Indian journal of veterinary science and animal husbandry - Volumes 15-17, 1948-1951
Year: 1948
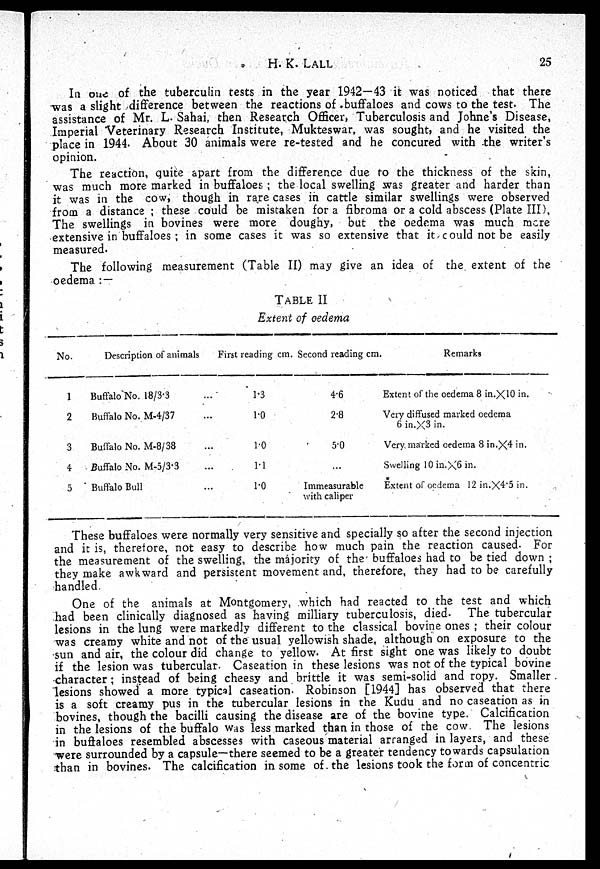
H. K. LALL
25
In one of the tuberculin tests in the year 1942—43 it was noticed that there
was a slight difference between the reactions of buffaloes and cows to the test. The
assistance of Mr. L. Sahai, then Research Officer, Tuberculosis and Johne's Disease,
Imperial Veterinary Research Institute, Mukteswar, was sought, and he visited the
place in 1944. About 30 animals were re-tested and he concured with the writer's
opinion.
The reaction, quite apart from the difference due to the thickness of the skin,
was much more marked in buffaloes ; the local swelling was greater and harder than
it was in the cow, though in rare cases in cattle similar swellings were observed
from a distance ; these could be mistaken for a fibroma or a cold abscess (Plate III),
The swellings in bovines were more doughy, but the oedema was much more
extensive in buffaloes ; in some cases it was so extensive that it could not be easily
measured.
The following measurement (Table II) may give an idea of the extent of the
oedema :—
TABLE II
Extent of oedema
No.
1
2
3
4
5
Description of animals
Buffalo No. 18/3.3 ...
Buffalo No. M-4/37 ...
Buffalo No. M-8/38 ...
Buffalo No. M-5/3.3 ...
Buffalo Bull ...
First reading cm.
1.3
1.0
1.0
1.1
1.0
Second reading cm.
4.6
2.8
5.0
...
Immeasurable
with caliper
Remarks
Extent of the oedema 8 in.×10 in.
Very diffused marked oedema
6 in.×3 in.
Very marked oedema 8 in.×4 in.
Swelling 10 in.×6 in.
Extent of oedema 12 in.×4.5 in.
These buffaloes were normally very sensitive and specially so after the second injection
and it is, therefore, not easy to describe how much pain the reaction caused. For
the measurement of the swelling, the majority of the buffaloes had to be tied down ;
they make awkward and persistent movement and, therefore, they had to be carefully
handled.
One of the animals at Montgomery, which had reacted to the test and which
had been clinically diagnosed as having milliary tuberculosis, died. The tubercular
lesions in the lung were markedly different to the classical bovine ones ; their colour
was creamy white and not of the usual yellowish shade, although on exposure to the
sun and air, the colour did change to yellow. At first sight one was likely to doubt
if the lesion was tubercular. Caseation in these lesions was not of the typical bovine
character : instead of being cheesy and brittle it was semi-solid and ropy. Smaller
lesions showed a more typical caseation. Robinson [1944] has observed that there
is a soft creamy pus in the tubercular lesions in the Kudu and no caseation as in
bovines, though the bacilli causing the disease are of the bovine type. Calcification
in the lesions of the buffalo was less marked than in those of the cow The lesions
in buffaloes resembled abscesses with caseous material arranged in layers, and these
were surrounded by a capsule—there seemed to be a greater tendency towards capsulation
than in bovines. The calcification in some of the lesions took the form of concentric